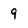
Character: 9